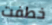
خطفت